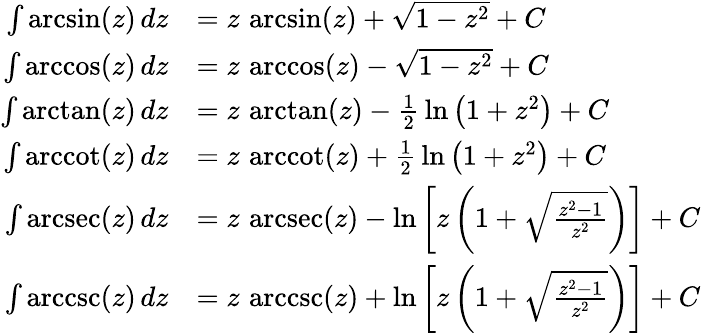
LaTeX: {\begin{array}{rl}{\int\arcsin(z)\, dz}&{=z\, \arcsin(z)+{\sqrt{1-z^{2}}}+C}\\ {\int\operatorname{arccos}(z)\, dz}&{=z\, \operatorname{arccos}(z)-{\sqrt{1-z^{2}}}+C}\\ {\int\arctan(z)\, dz}&{=z\, \arctan(z)-{\frac{1}{2}}\ln\left(1+z^{2}\right)+C}\\ {\int\operatorname{arccot}(z)\, dz}&{=z\, \operatorname{arccot}(z)+{\frac{1}{2}}\ln\left(1+z^{2}\right)+C}\\ {\int\operatorname{arcsec}(z)\, dz}&{=z\, \operatorname{arcsec}(z)-\ln\left[z\left(1+{\sqrt{\frac{z^{2}-1}{z^{2}}}}\right)\right]+C}\\ {\int\operatorname{arccsc}(z)\, dz}&{=z\, \operatorname{arccsc}(z)+\ln\left[z\left(1+{\sqrt{\frac{z^{2}-1}{z^{2}}}}\right)\right]+C}\end{array}}